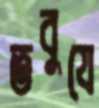
তবুযে